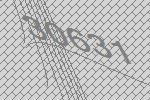
30631